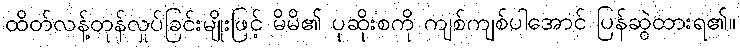
ထိတ်လန့်တုန်လှုပ်ခြင်းမျိုးဖြင့် မိမိ၏ ပုဆိုးစကို ကျစ်ကျစ်ပါအောင် ပြန်ဆွဲထားရ၏။